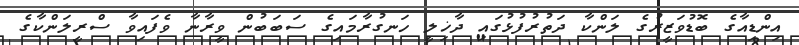
އިންޑިއާގެ ބޮޑުވަޒީރުގެ ލަންކާ ދަތުރުފުޅުގައި ދާޚިލީ ހަނގުރާމައިގެ ސަބަބުން ވީރާނާ ވެފައިވާ ސްރީލަންކާގެ